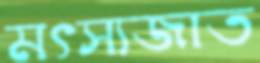
মৎস্যজাত